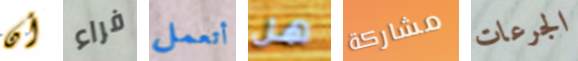
أن فراء أتعمل هل مشاركة الجرعات